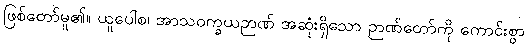
ဖြစ်တော်မူ၏။ ယူပေါစ၊ အာသဝက္ခယဉာဏ် အဆုံးရှိသော ဉာဏ်တော်ကို ကောင်းစွာ